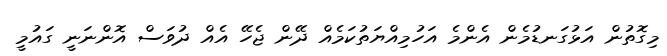
މިގޮތުން އަޅުގަނޑުމެން އެންމެ އަހުމިއްޔަތުކަމެއް ދޭން ޖެހޭ އެއް ދުވަސް އޮންނަނީ ގައުމީ